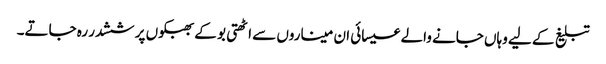
تبلیغ کے لیے وہاں جانے والے عیسائی ان میناروں سے اٹھتی بو کے بھبکوں پر ششدر رہ جاتے۔